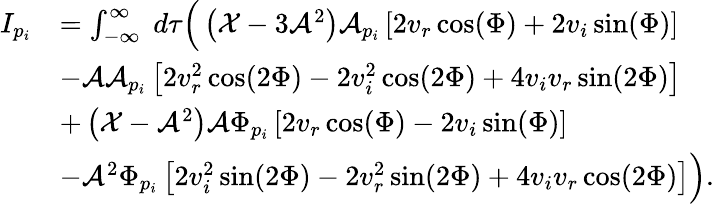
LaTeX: \begin{array}{rl}{I_{p_{i}}}&{=\int_{-\infty}^{\infty}\; d\tau\Big(\left(\mathcal{X}-3\mathcal{A}^{2}\right)\mathcal{A}_{p_{i}}\left[2v_{r}\cos(\Phi)+2v_{i}\sin(\Phi)\right]}\\ &{-\mathcal{A}\mathcal{A}_{p_{i}}\left[2v_{r}^{2}\cos(2\Phi)-2v_{i}^{2}\cos(2\Phi)+4v_{i}v_{r}\sin(2\Phi)\right]}\\ &{+\left(\mathcal{X}-\mathcal{A}^{2}\right)\mathcal{A}\Phi_{p_{i}}\left[2v_{r}\cos(\Phi)-2v_{i}\sin(\Phi)\right]}\\ &{-\mathcal{A}^{2}\Phi_{p_{i}}\left[2v_{i}^{2}\sin(2\Phi)-2v_{r}^{2}\sin(2\Phi)+4v_{i}v_{r}\cos(2\Phi)\right]\Big).}\end{array}